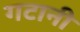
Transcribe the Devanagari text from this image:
गटानी